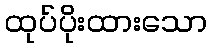
ထုပ်ပိုးထားသော